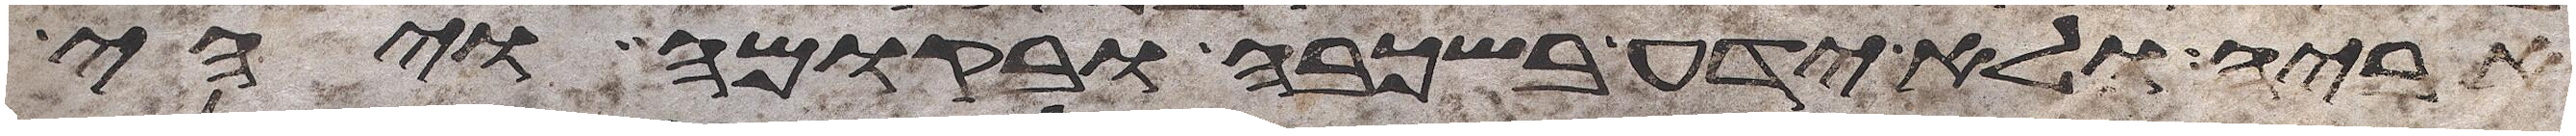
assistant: אביה ולא ידע בשכבה ובקומה ויהי